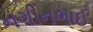
નગીનભાઈ